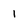
Character: 1